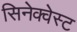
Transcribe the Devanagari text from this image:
सिनेक्वेस्ट